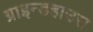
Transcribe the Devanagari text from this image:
ग्राइन्डहाउस